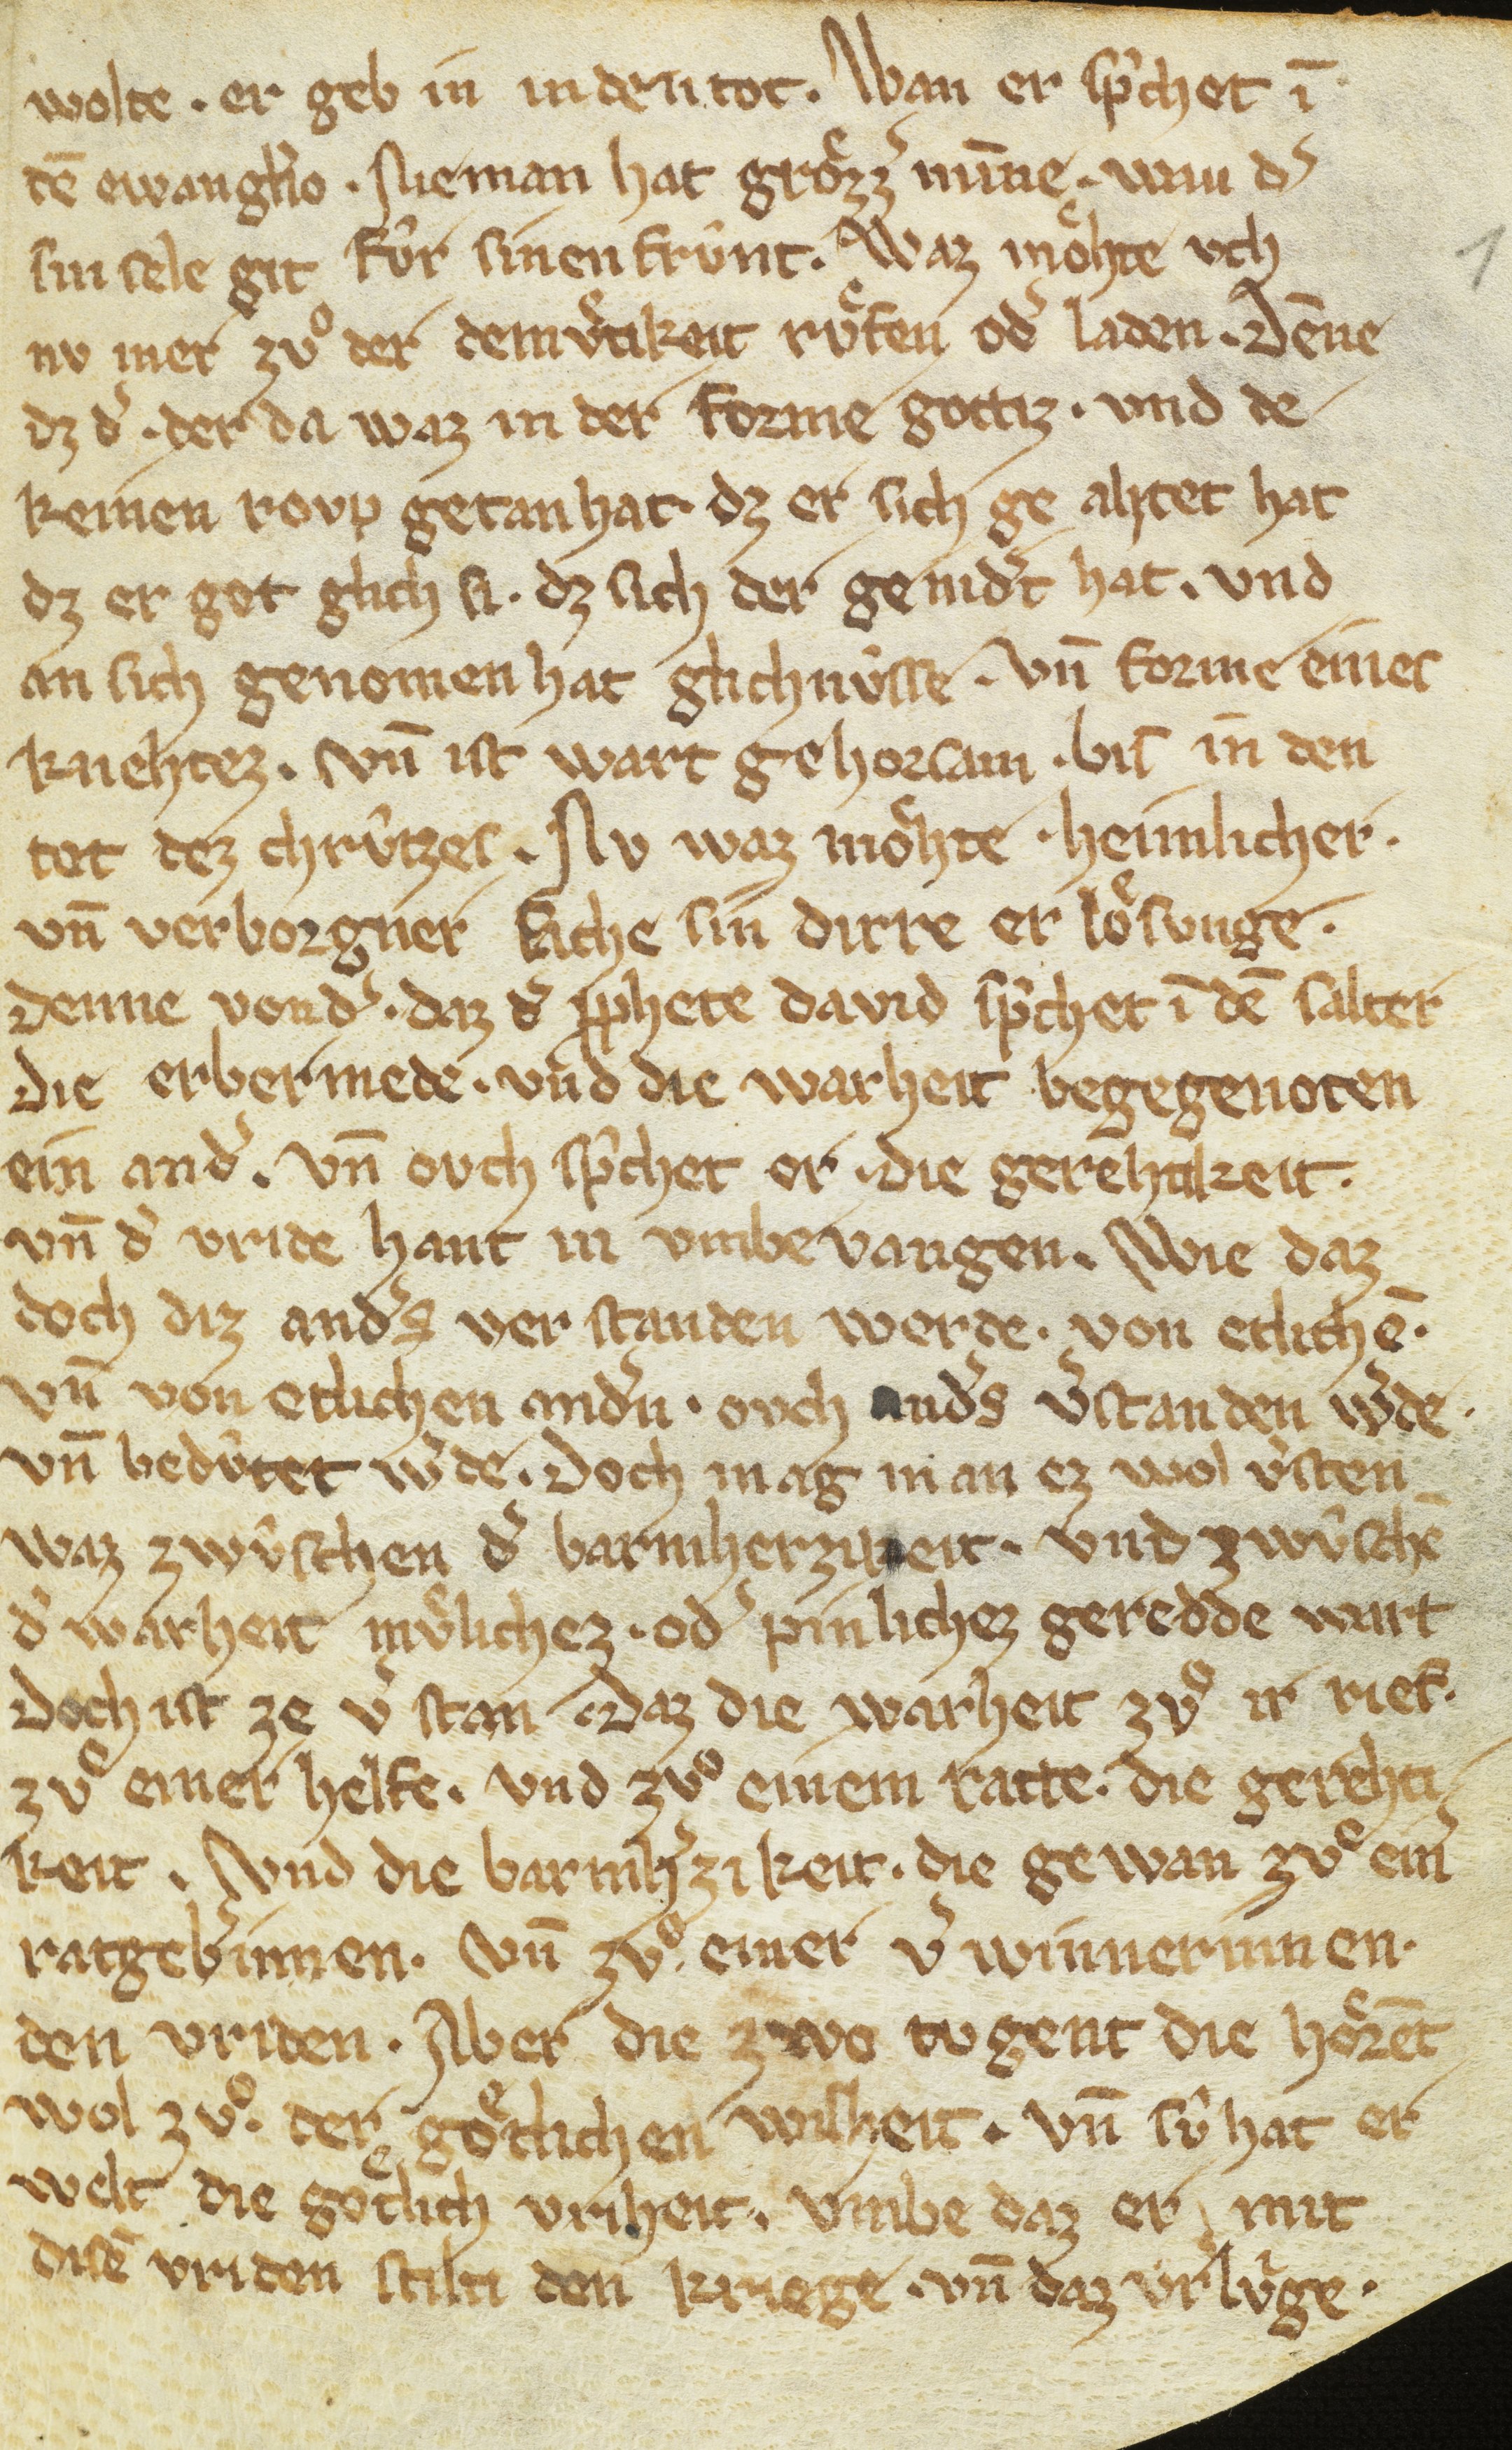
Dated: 1300–1399